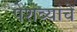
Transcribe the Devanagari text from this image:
पेशव्यांचें